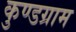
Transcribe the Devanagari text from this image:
कुण्डग्राम